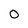
Character: O